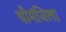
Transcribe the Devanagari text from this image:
चौमंजिला